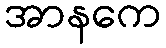
အာနကေ